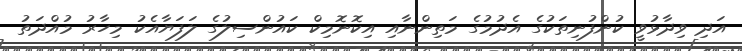
އަދި ވިދާޅުވީ ކުންފުނިތަކުގެ އެދުމުގެ މަތިންނާއި އިކޮނޮމިކް ކައުންސިލުގެ ލަފަޔާއެކު މިހާރު މުއްދަތު